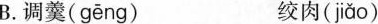
B.调羹( gēng ) 绞肉( jiǎo)